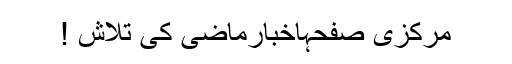
مرکزی صفحہاخبارماضی کی تلاش !